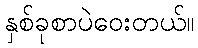
နှစ်ခုစာပဲဝေးတယ်။